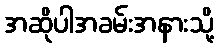
အဆိုပါအခမ်းအနားသို့